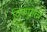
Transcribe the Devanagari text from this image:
विष्णुतत्त्व